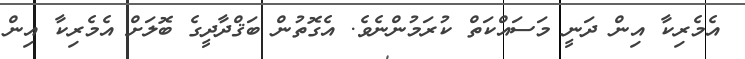
އެމެރިކާ އިން ދަނީ މަސައްކަތް ކުރަމުންނެވެ. އެގޮތުން ބަޤްދާދީގެ ބޮލަށް އެމެރިކާ އިން